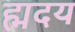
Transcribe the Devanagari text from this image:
ह्मदय